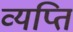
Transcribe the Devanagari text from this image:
व्यप्ति